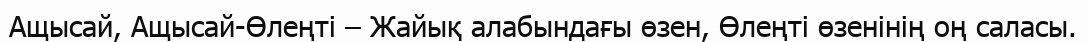
Ащысай, Ащысай-Өлеңті – Жайық алабындағы өзен, Өлеңті өзенінің оң саласы.